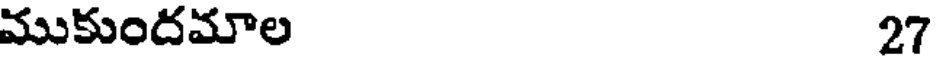
ముకుందమాల 27